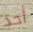
أحد